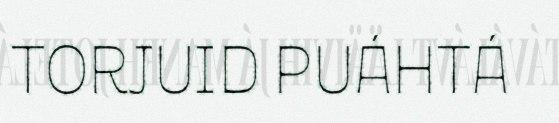
TORJUID PUÁHTÁ